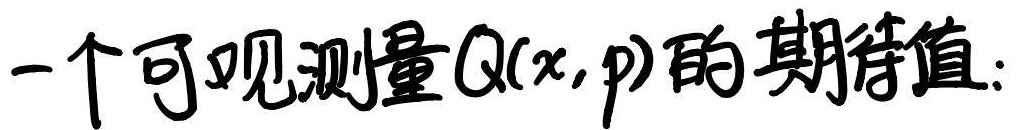
一个可观测量\(Q(x,p)\)的期待值：